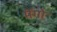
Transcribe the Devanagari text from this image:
मॆंगो